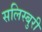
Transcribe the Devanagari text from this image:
सलिस्बुरी